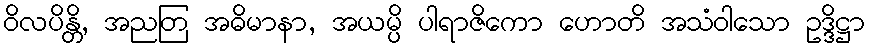
ဝိလပိန္တိ, အညတြ အဓိမာနာ, အယမ္ပိ ပါရာဇိကော ဟောတိ အသံဝါသော ဥဒ္ဒိဋ္ဌာ